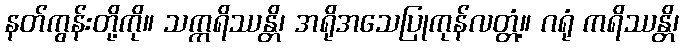
နတ်ကွန်းတို့ကို။ သက္ကရိဿန္တိ၊ အရိုအသေပြုကုန်လတ္တံ့။ ဂရုံ ကရိဿန္တိ၊